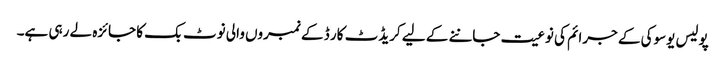
پولیس یوسوکی کے جرائم کی نوعیت جاننے کے لیے کریڈٹ کار ڈ کے نمبروں والی نوٹ بک کا جائزہ لے رہی ہے۔